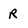
Character: r